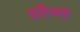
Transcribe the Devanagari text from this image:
मरीचये